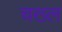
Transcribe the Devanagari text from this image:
चख्ल